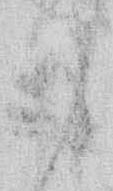
み